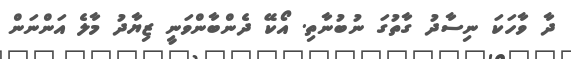
ދާ ވާހަކަ ނިސާދު ގާތުގަ ނުބުނާތި. އޯކޭ ދެންބާންވަނީ ޒިޔާދު މާލެ އަންނަން